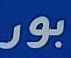
بور